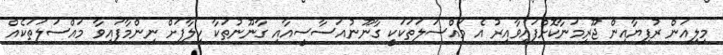
މިލިއަން ރުފިޔާއިން ޖޫރިމަނާކޮށްފައިވާއިރު އެ މައްސަލަތަކަކީ ގާނޫނުއަސާސީއާއި ގާނޫނުތަކާ ހިލާފަށް ނިންމާފައިވާ މައްސަލަތަކެއް